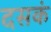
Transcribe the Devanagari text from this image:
दसकं